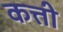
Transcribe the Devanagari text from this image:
कत्ती